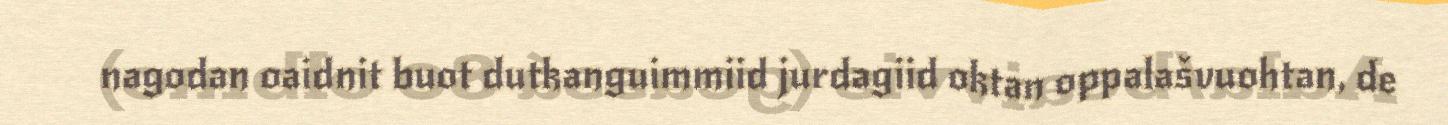
nagodan oaidnit buot dutkanguimmiid jurdagiid oktan oppalašvuohtan, de